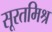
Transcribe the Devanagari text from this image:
सूरतमिश्र